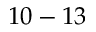
1 0 - 1 3